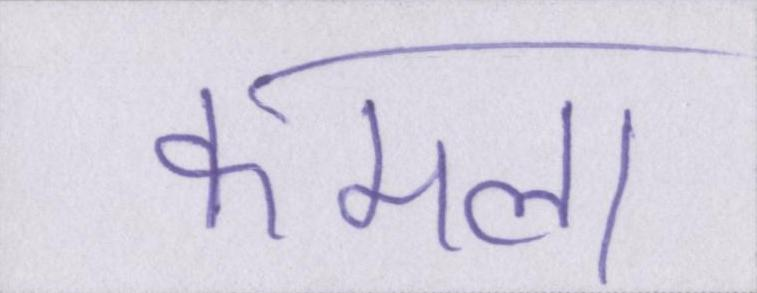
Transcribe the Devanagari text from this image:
कमला